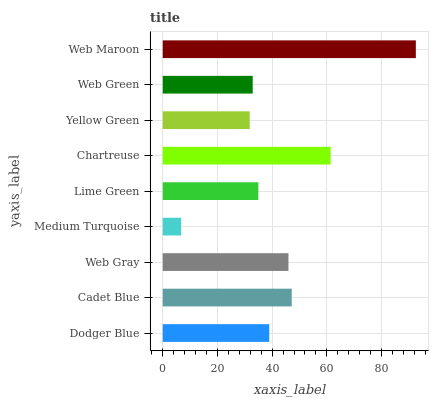
| yaxis_label | bars |
 | --- | --- |
 | Dodger Blue | 38.9 |
 | Cadet Blue | 47.2 |
 | Web Gray | 46 |
 | Medium Turquoise | 6.73 |
 | Lime Green | 35 |
 | Chartreuse | 61.4 |
 | Yellow Green | 31.8 |
 | Web Green | 32.9 |
 | Web Maroon | 92.5 |